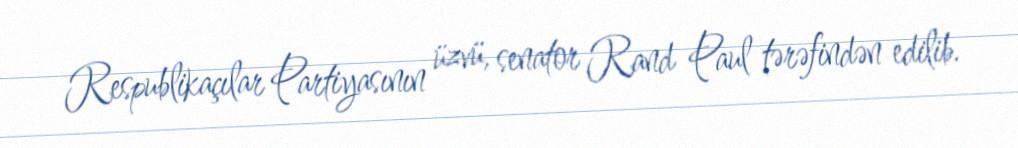
Respublikaçılar Partiyasının üzvü, senator Rand Paul tərəfindən edilib.